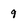
Character: 9